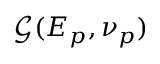
\mathcal { G } ( E _ { p } , \nu _ { p } )